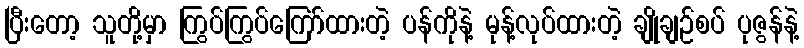
ပြီးတော့ သူတို့မှာ ကြွပ်ကြွပ်ကြော်ထားတဲ့ ပန်ကိုနဲ့ မုန့်လုပ်ထားတဲ့ ချိုချဉ်စပ် ပုဇွန်နဲ့